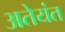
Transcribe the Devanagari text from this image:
अतेयंत